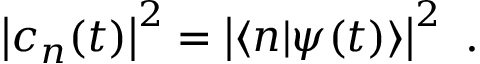
\left| c _ { n } ( t ) \right| ^ { 2 } = \left| \langle n | \psi ( t ) \rangle \right| ^ { 2 } ~ .